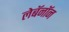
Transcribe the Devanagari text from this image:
लेबॅनॉन